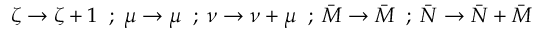
\zeta \rightarrow \zeta + 1 \; \; ; \; \mu \rightarrow \mu \; \; ; \; \nu \rightarrow \nu + \mu \; \; ; \; \bar { M } \rightarrow \bar { M } \; \; ; \; \bar { N } \rightarrow \bar { N } + \bar { M }